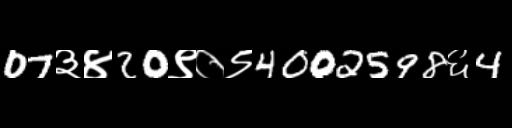
Text: 07३४20९०९4002598६4